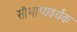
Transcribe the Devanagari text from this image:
सौभाग्यवर्धक